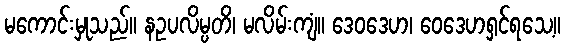
မကောင်းမှုသည်။ နဥပလိမ္ပတိ၊ မလိမ်းကျံ။ ဒေဝဒေဟ၊ ဝေဒေဟရှင်ရသေ့။